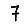
Digit: 7